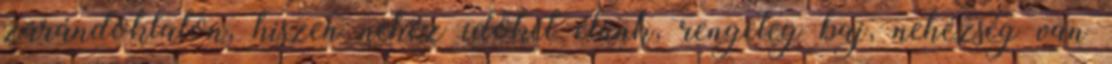
zarándoklaton, hiszen nehéz időket élünk, rengeteg baj, nehézség van